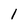
Character: 1